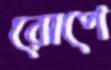
রোপে